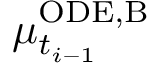
\mu _ { t _ { i - 1 } } ^ { \mathrm { O D E , B } }